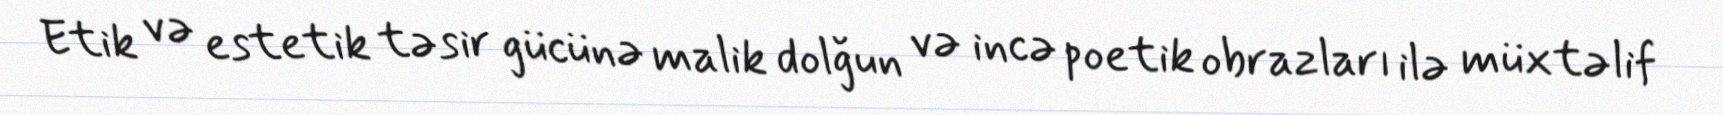
Etik və estetik təsir gücünə malik dolğun və incə poetik obrazları ilə müxtəlif